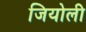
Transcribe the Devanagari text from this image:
जियोली